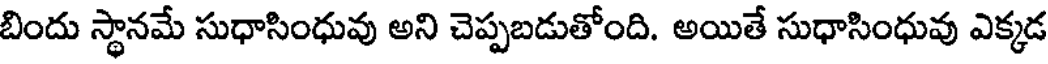
బిందు స్థానమే సుధాసింధువు అని చెప్పబడుతోంది. అయితే సుధాసింధువు ఎక్కడ